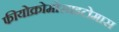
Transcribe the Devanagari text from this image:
फीयोक्रोमोसाइटोमास